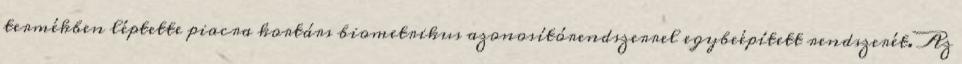
termékben léptette piacra kortárs biometrikus azonosítórendszerrel egybeépített rendszerét. Az